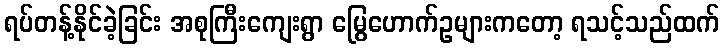
ရပ်တန့်နိုင်ခဲ့ခြင်း အစုကြီးကျေးရွာ မြွေဟောက်ဥများကတော့ ရသင့်သည်ထက်